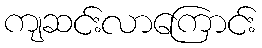
ကျဆင်းလာကြောင်း